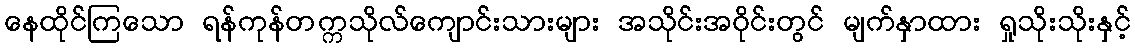
နေထိုင်ကြသော ရန်ကုန်တက္ကသိုလ်ကျောင်းသားများ အသိုင်းအဝိုင်းတွင် မျက်နှာထား ရှုသိုးသိုးနှင့်